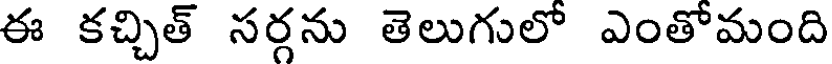
ఈ కచ్చిత్ సర్గను తెలుగులో ఎంతోమంది